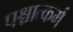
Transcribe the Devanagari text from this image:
पश्चात्कर्म